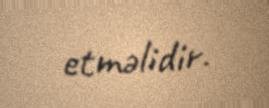
etməlidir.